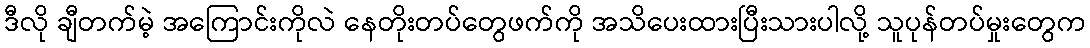
ဒီလို ချီတက်မဲ့ အကြောင်းကိုလဲ နေတိုးတပ်တွေဖက်ကို အသိပေးထားပြီးသားပါလို့ သူပုန်တပ်မှုးတွေက